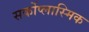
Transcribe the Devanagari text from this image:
सर्कोप्लास्मिक